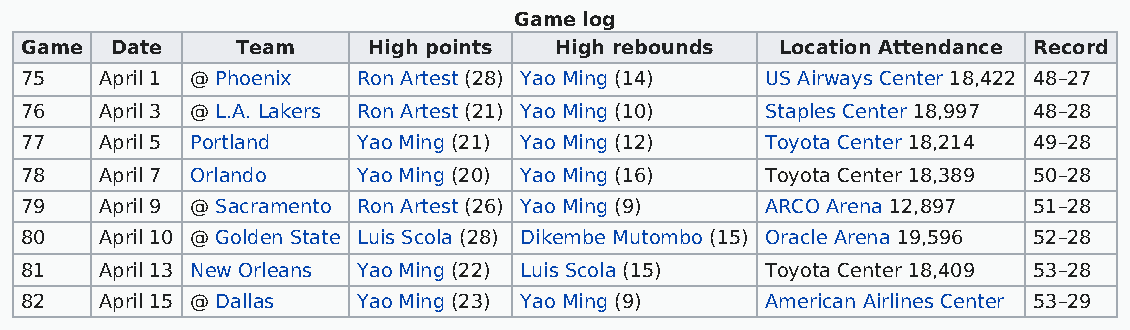
Game log
 Game  Date     Team    High points  High rebounds  Location Attendance Record
 75    April 1 @ Phoenix Ron Artest (28) Yao Ming (14) US Airways Center 18,422 48–27
 76    April 3 @ L.A. Lakers Ron Artest (21) Yao Ming (10) Staples Center 18,997 48–28
 77    April 5 Portland Yao Ming (21) Yao Ming (12) Toyota Center 18,214 49–28
 78    April 7 Orlando  Yao Ming (20) Yao Ming (16) Toyota Center 18,389 50–28
 79    April 9 @ Sacramento Ron Artest (26) Yao Ming (9) ARCO Arena 12,897 51–28
 80    April 10 @ Golden State Luis Scola (28) Dikembe Mutombo (15) Oracle Arena 19,596 52–28
 81    April 13 New Orleans Yao Ming (22) Luis Scola (15) Toyota Center 18,409 53–28
 82    April 15 @ Dallas Yao Ming (23) Yao Ming (9) American Airlines Center 53–29